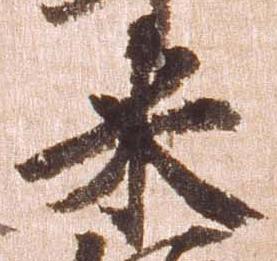
米